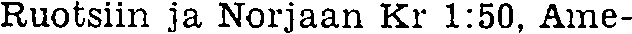
Ruotsiin ja Norjaan Kr 1:50, Ame-